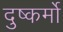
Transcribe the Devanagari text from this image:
दुष्कर्मो